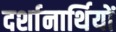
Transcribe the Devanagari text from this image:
दर्शानार्थियों